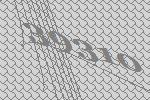
39310